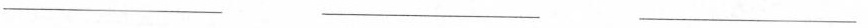
___ ___ ___